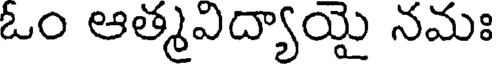
ఓం ఆత్మవిద్యాయై నమః